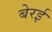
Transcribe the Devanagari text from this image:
बेरई